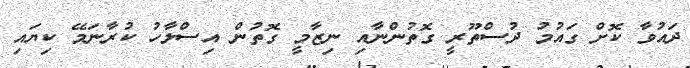
ދައުވާ ކޮށް ގައުމު ދުސްތޫރީ ގޮތުންނާއި ނިޒާމީ ގޮތުން އިސްލާހު ކުރާނަމޭ ކިޔައި